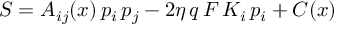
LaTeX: { \cal S } = A _ { i j } ( x ) \, p _ { i } \, p _ { j } - 2 \eta \, q \, F \, K _ { i } \, p _ { i } + C ( x )